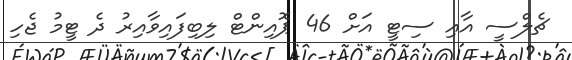
ޗެލްސީ އާއި ސިޓީ އަށް 46 ޕޮއިންޓް ލިބިފައިވާއިރު ދެ ޓީމު ޖެހި